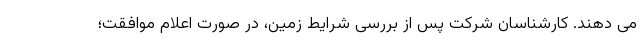
می دهند. کارشناسان شرکت پس از بررسی شرایط زمین، در صورت اعلام موافقت؛